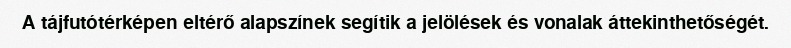
A tájfutótérképen eltérő alapszínek segítik a jelölések és vonalak áttekinthetőségét.